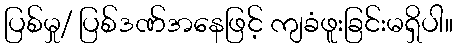
ပြစ်မှု/ ပြစ်ဒဏ်အနေဖြင့် ကျခံဖူးခြင်းမရှိပါ။